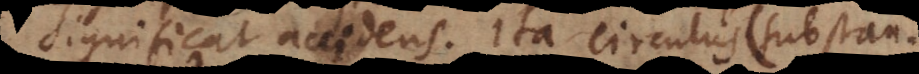
significat accidens. Ita circulus (substanti